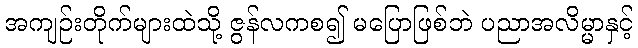
အကျဉ်းတိုက်များထဲသို့ ဇွန်လကစ၍ မပြောဖြစ်ဘဲ ပညာအလိမ္မာနှင့်